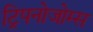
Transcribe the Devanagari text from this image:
ट्रिपनोजोम्स